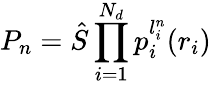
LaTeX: P_{n}={\hat{S}}\prod_{i=1}^{N_{d}}p_{i}^{l_{i}^{n}}(r_{i})